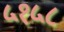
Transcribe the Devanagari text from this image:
५१५८